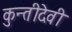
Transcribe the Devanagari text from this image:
कुन्तीदेवी